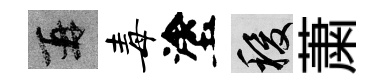
再毒塗稷䔥